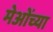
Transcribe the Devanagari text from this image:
मेओंच्या